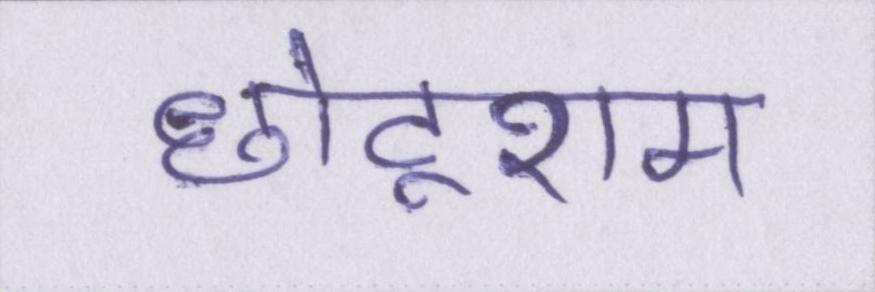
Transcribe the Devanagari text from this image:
छोटूराम